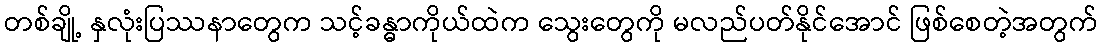
တစ်ချို့ နှလုံးပြဿနာတွေက သင့်ခန္ဓာကိုယ်ထဲက သွေးတွေကို မလည်ပတ်နိုင်အောင် ဖြစ်စေတဲ့အတွက်